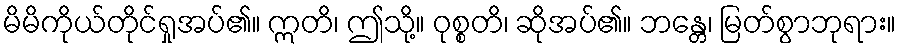
မိမိကိုယ်တိုင်ရှုအပ်၏။ ဣတိ၊ ဤသို့။ ဝုစ္စတိ၊ ဆိုအပ်၏။ ဘန္တေ၊ မြတ်စွာဘုရား။